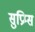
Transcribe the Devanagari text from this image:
सुप्रिम्स